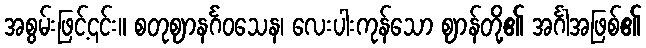
အစွမ်းဖြင့်၎င်း။ စတုဈာနင်္ဂဝသေန၊ လေးပါးကုန်သော ဈာန်တို့၏ အင်္ဂါအဖြစ်၏